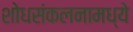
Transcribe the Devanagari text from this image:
शोधसंकलनामध्ये